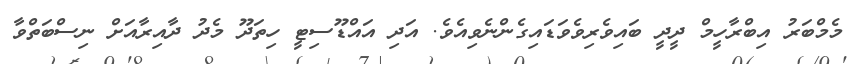
މެމްބަރު އިބްރާހީމް ދީދީ ބައިވެރިވެވަޑައިގެންނެވިއެވެ. އަދި އައްޑޫސިޓީ ހިތަދޫ މެދު ދާއިރާއަށް ނިސްބަތްވާ